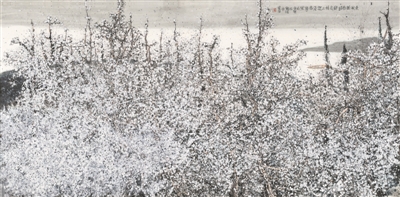
东风随春归，发我枝上花。